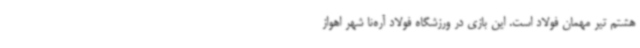
هشتم تیر مهمان فولاد است. این بازی در ورزشگاه فولاد آره‌نا شهر اهواز